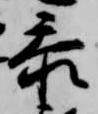
参